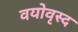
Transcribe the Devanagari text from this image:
वयोवृस्द